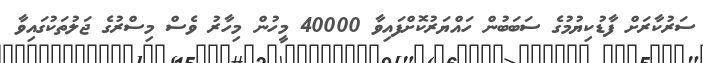
ސަރުކާރަށް ފާޑުކިޔުމުގެ ސަބަބުން ހައްޔަރުކޮށްފައިވާ 40000 މީހުން މިހާރު ވެސް މިސްރުގެ ޖަލުތަކުގައިވާ